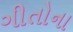
ગીતોના